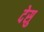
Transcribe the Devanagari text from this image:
देसु